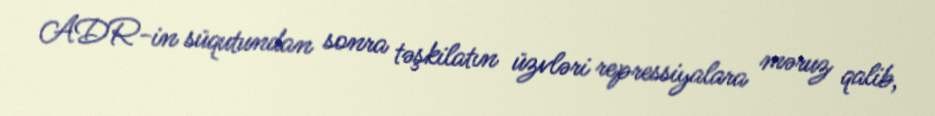
ADR-in süqutundan sonra təşkilatın üzvləri repressiyalara məruz qalib,